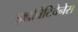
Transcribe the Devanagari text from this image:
इन्नोवेटिवेनेस